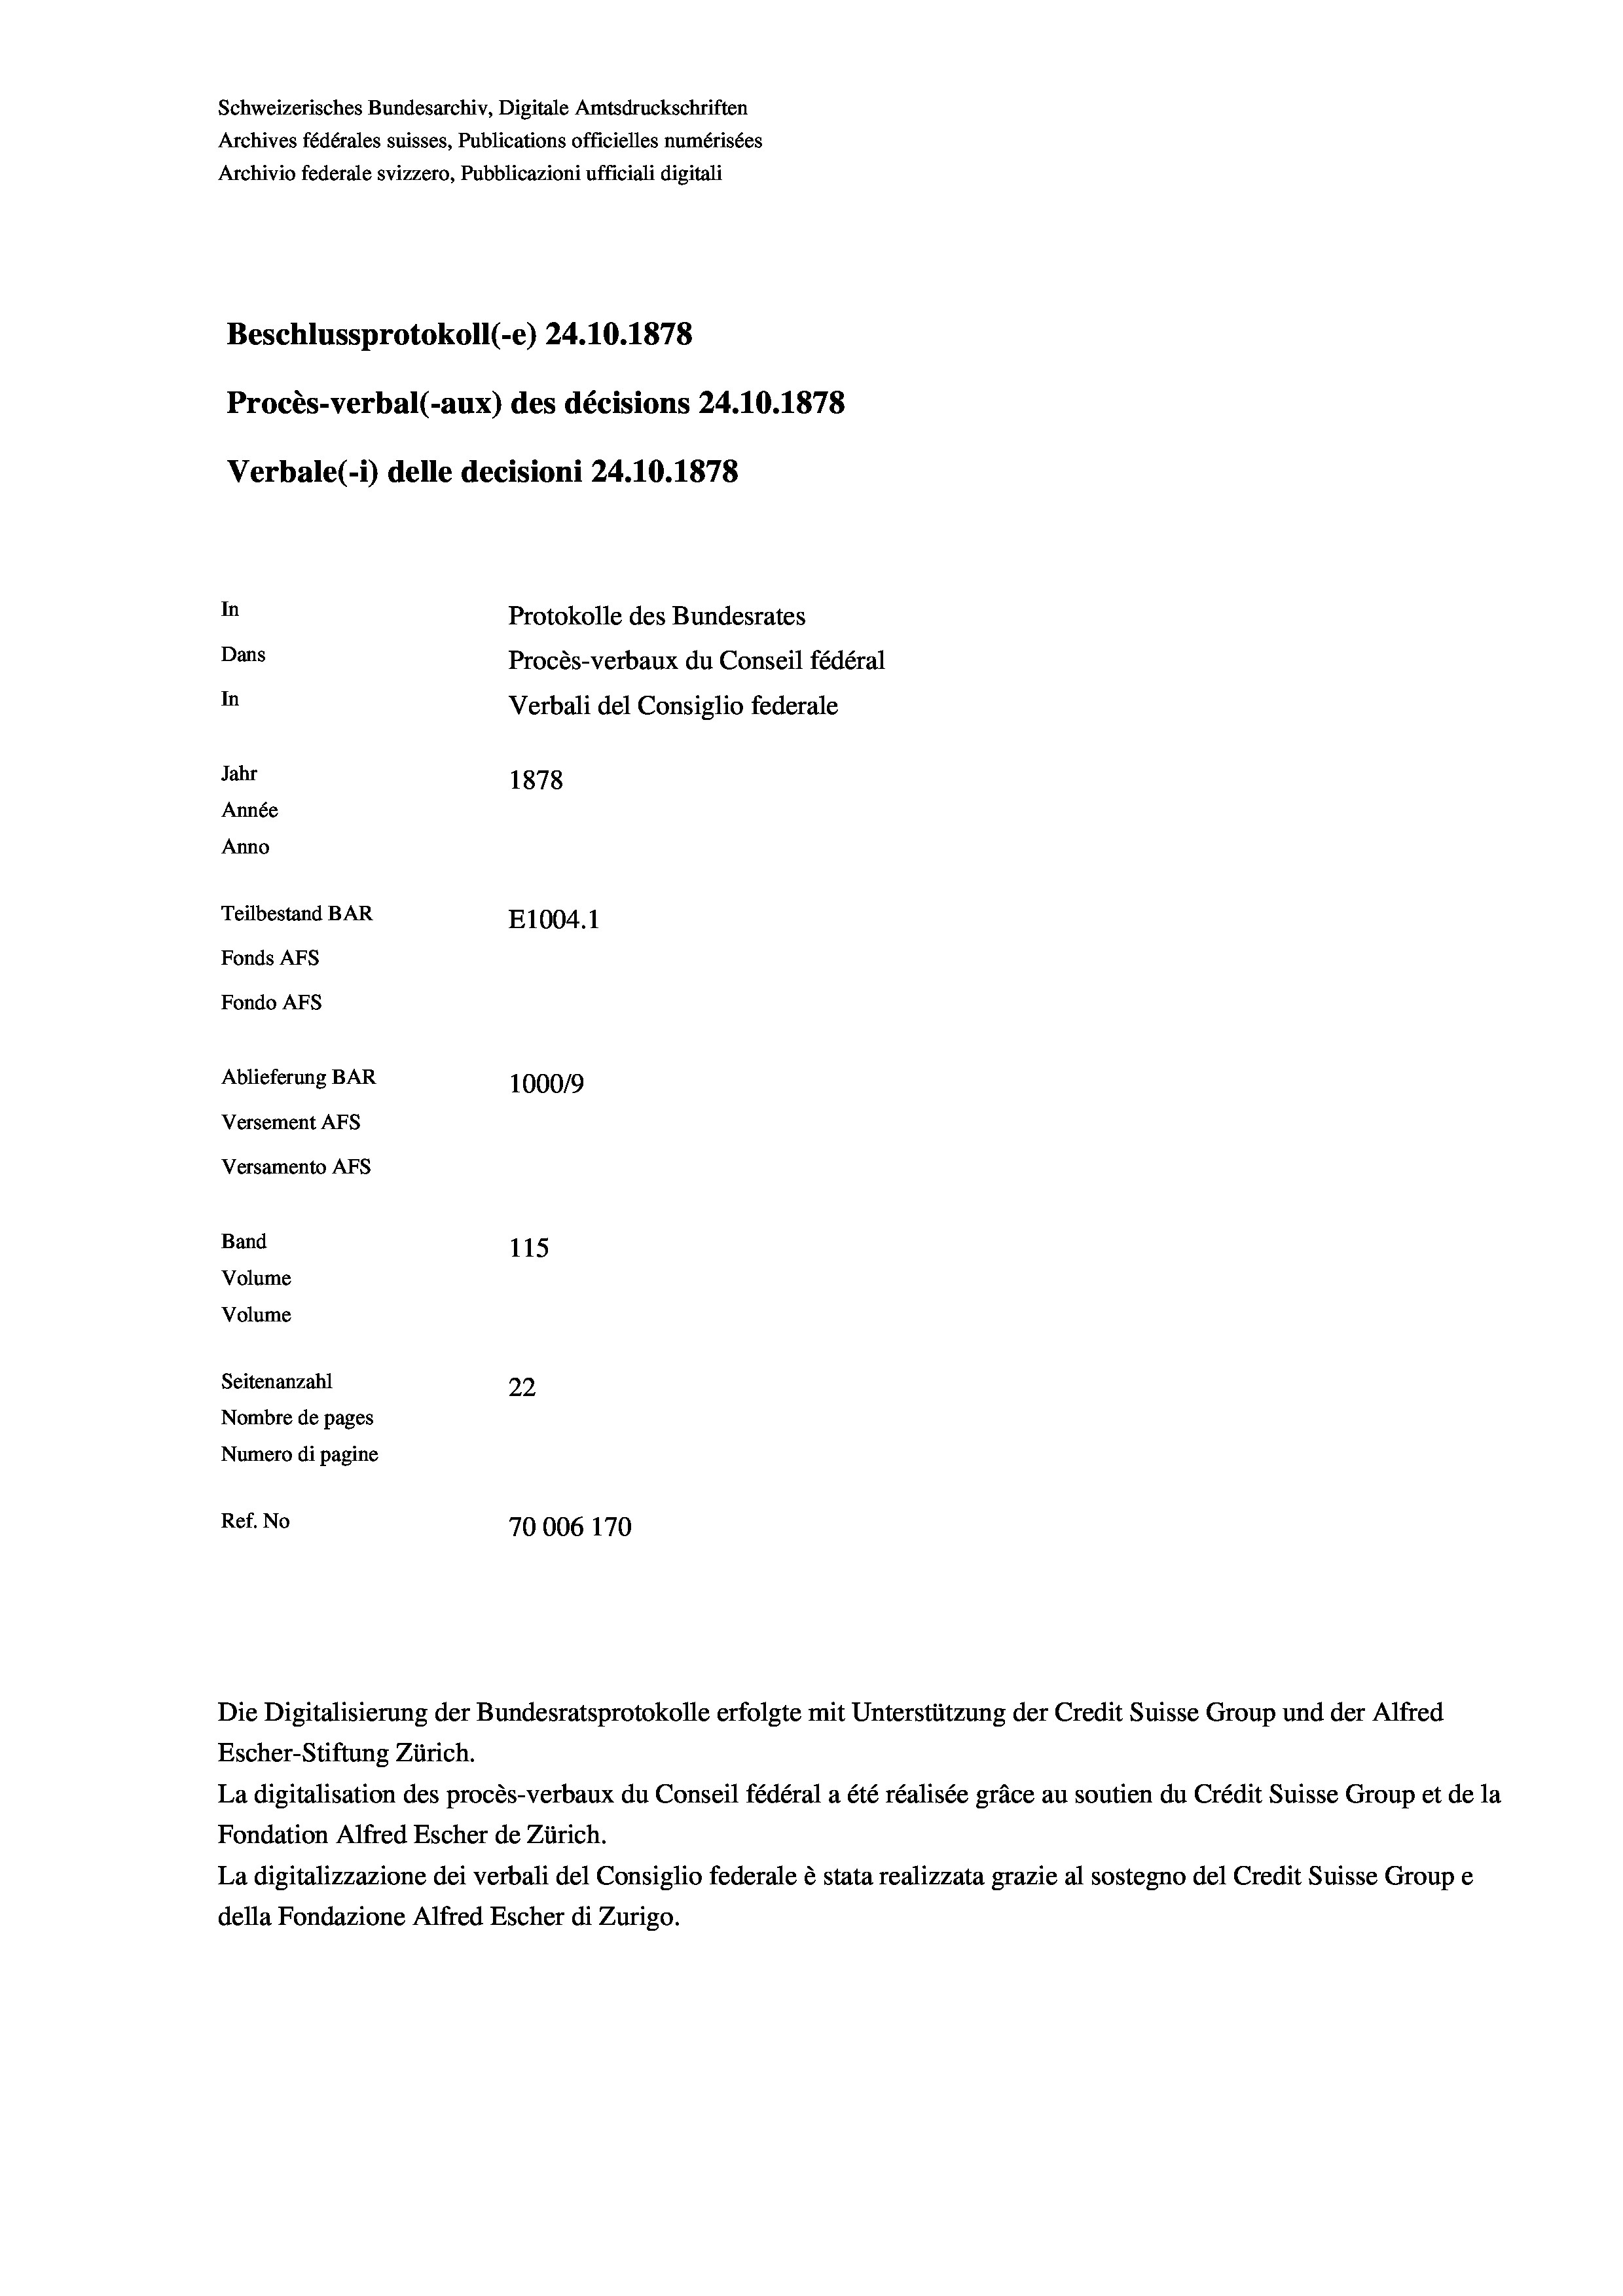
Schweizerisches Bundesarchiv, Digitale Amtsdruckschriften
Archives fédérales suisses, Publications officielles numérisées
Archivio federale svizzero, Pubblicazioni ufficiali digitali
Beschlussprotokoll (-e) 24.10.1878
Procès-verbal (-aux) des décisions 24.10.1878
Verbale(1) delle decisioni 24.10.1878
In
Protokolle des Bundesrates
Dans
Procès-verbaux du Conseil fédéral
In
Verbali del Consiglio federale
Jahr
1878
Année
Anno
Teilbestand BAR
E1004.1
Fonds AFs
Fondo AFs
Ablieferung BAR
100019
Versement AFS
Versamento Afs
Band
115
Volume
Volume

Seitenanzahl
22
Nombre de pages
Numero di pagine
Ref. No
70006 170

Die Digitalisierung der Bundesratsprotokolle erfolgte mit Unterstützung der Credit Suisse Group und der Alfred
Escher-Stiftung Zürich.
La digitalisation des procès-verbaux du Conseil fédéral a été réalisée gräce au soutien du Crédit Suisse Group et de la
Fondation Alfred Escher de Zürich.
La digitalizzazione dei verbali del Consiglio federale è stata realizzata grazie al sostegno del Credit Suisse Groupe
della Fondazione Alfred Escher di Zurigo.